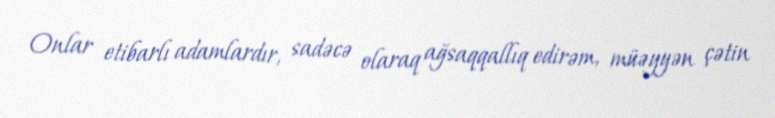
Onlar etibarlı adamlardır, sadəcə olaraq ağsaqqallıq edirəm, müəyyən çətin